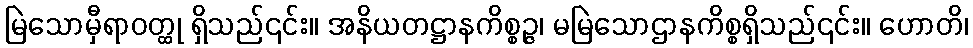
မြဲသောမှီရာဝတ္ထု ရှိသည်၎င်း။ အနိယတဋ္ဌာနကိစ္စဉ္ဇ၊ မမြဲသောဌာနကိစ္စရှိသည်၎င်း။ ဟောတိ၊